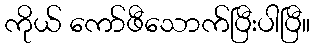
ကိုယ် ကော်ဖီသောက်ပြီးပါပြီ။